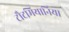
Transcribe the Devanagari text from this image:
टौटमियानिया